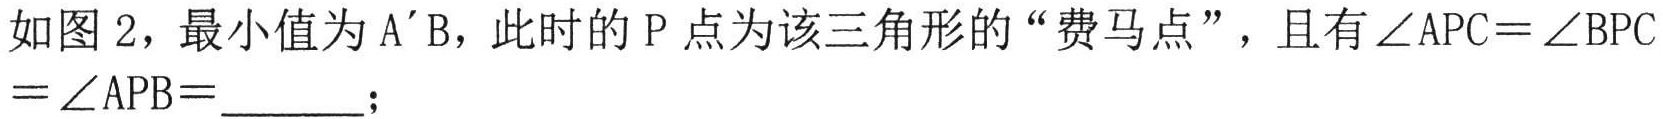
如图2，最小值为\(A'B\)，此时的\(P\)点为该三角形的“费马点”，且有\(\angle APC=\angle BPC=\angle APB = \underline{\quad\quad}\)；